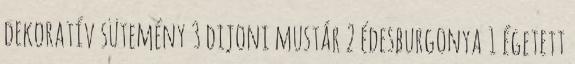
dekoratív sütemény 3 dijoni mustár 2 édesburgonya 1 égetett